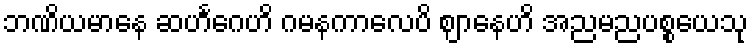
ဘဏိယမာနေ ဆဟင်္ဂေဟိ ဂမနကာလေပိ ဈာနေဟိ အညမညပစ္စယေသု